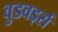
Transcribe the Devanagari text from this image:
वुडवर्ड्स